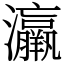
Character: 𤅀